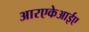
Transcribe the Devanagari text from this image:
आरएकेआईए